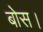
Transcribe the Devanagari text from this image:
बोस।